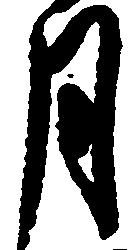
月